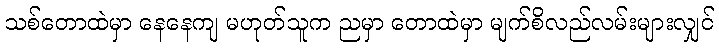
သစ်တောထဲမှာ နေနေကျ မဟုတ်သူက ညမှာ တောထဲမှာ မျက်စိလည်လမ်းများလျှင်